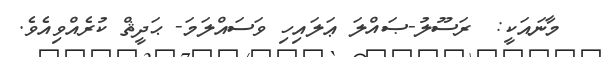
މާނައަކީ:  ރަސޫލު-ޞައްލަ ޢަލައިހި ވަސައްލަމަ- ޙަދީޘް ކުރެއްވިއެވެ.